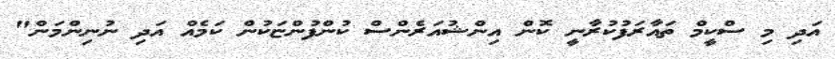
އަދި މި ސްކީމް ތައާރަފުކުރާނީ ކޮން އިންޝުއަރެންސް ކުންފުންޏަކުން ކަމެއް އަދި ނުނިންމަން"